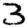
Digit: 3